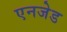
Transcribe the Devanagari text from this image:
एनजेड